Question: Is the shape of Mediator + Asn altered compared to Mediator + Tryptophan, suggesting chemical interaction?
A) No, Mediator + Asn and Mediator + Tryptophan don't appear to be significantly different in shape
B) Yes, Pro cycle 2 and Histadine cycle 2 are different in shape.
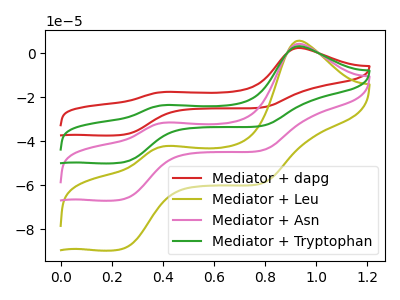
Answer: <think>The red curve "Mediator + dapg" has anodic peaks at (0.95V, 2.35uA) (0.40V, -17.65uA) and cathodic peaks at (0.25V, -37.05uA) (0.80V, -24.70uA). The olive curve "Mediator + Leu" has anodic peaks at (0.95V, 9.50uA) (0.40V, -70.85uA) and cathodic peaks at (0.25V, -148.75uA) (0.80V, -99.25uA). The pink curve "Mediator + Asn" has anodic peaks at (0.95V, 6.35uA) (0.40V, -47.25uA) and cathodic peaks at (0.25V, -99.15uA) (0.80V, -66.15uA). The green curve "Mediator + Tryptophan" has anodic peaks at (0.95V, 3.15uA) (0.40V, -23.60uA) and cathodic peaks at (0.25V, -49.60uA) (0.80V, -33.10uA).
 All the peaks in "Mediator + Asn" have a peak in "Mediator + Tryptophan" at the same potential.</think>
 <answer>A) No, "Mediator + Asn" and "Mediator + Tryptophan" don't appear to be significantly different in shape</answer>
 <eval>A</eval>